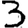
Digit: 3